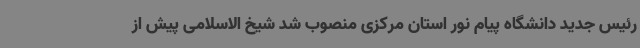
رئیس جدید دانشگاه پیام نور استان مرکزی منصوب شد شیخ الاسلامی پیش از